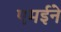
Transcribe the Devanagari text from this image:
एमईने